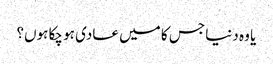
یا وہ دنیا جس کا میں عادی ہو چکا ہوں؟